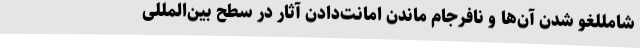
شامللغو شدن آن‌ها و نافرجام ماندن امانت‌دادن آثار در سطح بین‌المللی